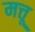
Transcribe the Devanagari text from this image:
मत्तू